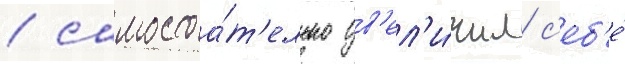
/ самостоа́т'ельно ув'ел'и́чил с'еб'е́